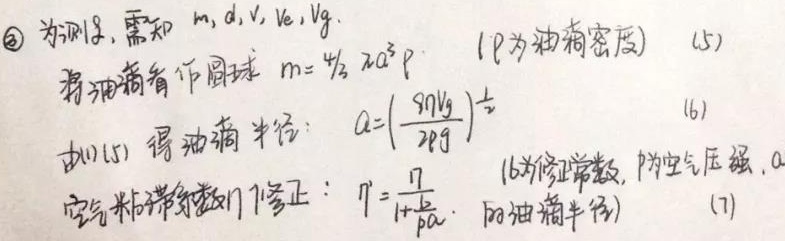
\textcircled{2} 为测\(q\)，需知 \(m,d,V,V_{e},V_{g}\)。将油滴看作圆球 \(m = \frac{4}{3}\pi a^{3}\rho\) （\(\rho\)为油滴密度）
(5)由(5) 得油滴半径： \(a = (\frac{9\eta V_{g}}{2\rho g})^{\frac{1}{2}}\)
(6)空气粘滞系数\(\eta\)修正：\(\eta=\frac{\eta_{0}}{1 + \frac{b}{pa}}\)。  （\(b\)为修正常数，\(p\)为空气压强，\(a\)为油滴半径）
(7)